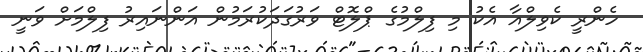
ހެންރީ ކެވިލްއާ އެކު މި ފިލްމުގެ ޕްލޮޓް ވަރުގަދަކުރަމުން އަންނައިރު ފިލްމަށް ވަނީ